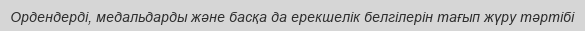
Ордендердi, медальдарды және басқа да ерекшелiк белгiлерiн тағып жүру тәртiбi